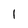
Character: 1